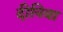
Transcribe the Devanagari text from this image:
दीनिया